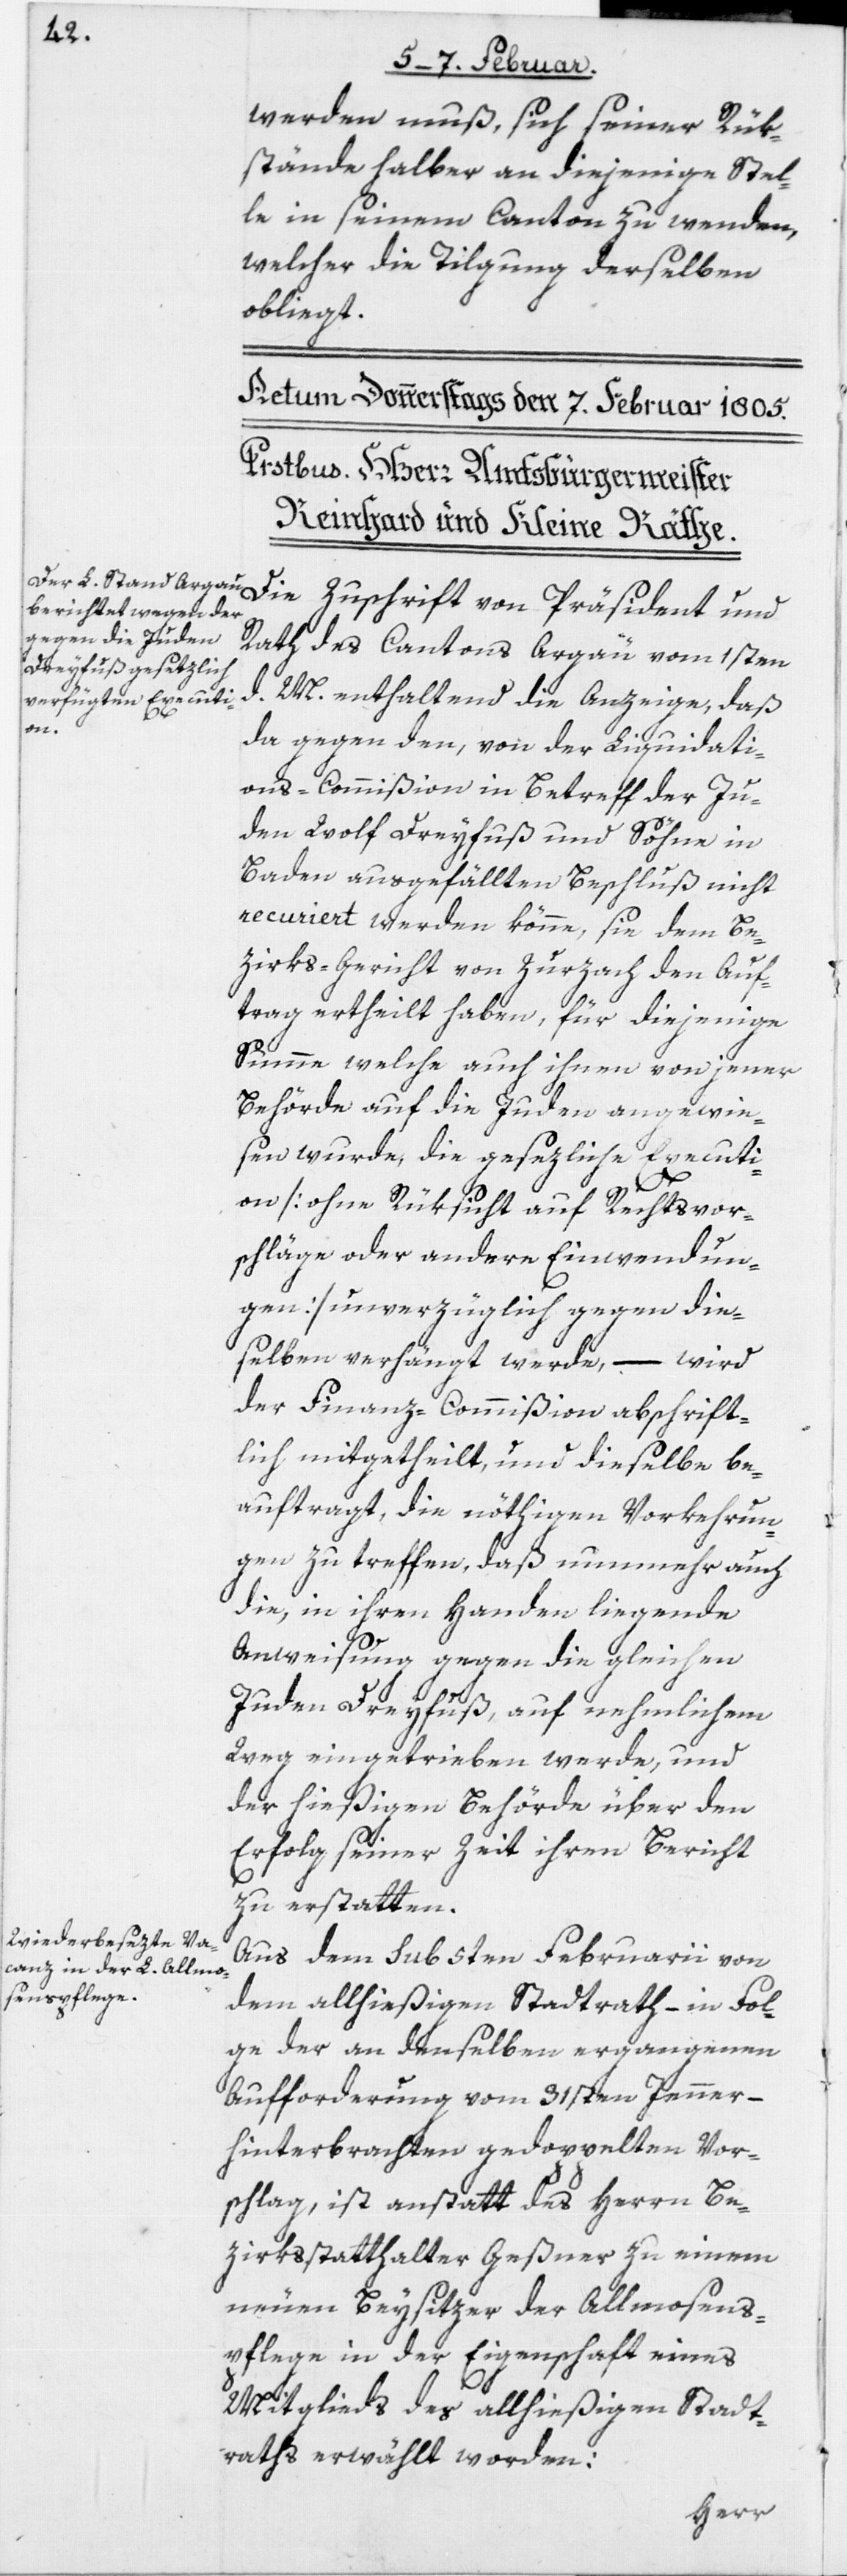
werden muß, sich seiner Rük¬
stände halber an diejenige Stel¬
le in seinem Canton zu wenden,
welcher die Tilgung derselben
obliegt.
Die Zuschrift von Präsident und
Rath des Cantons Argau vom 1sten
d. M. enthaltend die Anzeige, daß
da gegen den, von der Liquidati¬
ons-Commißion in Betreff der Ju¬
den Wolf Dreyfuß und Söhne in
Baden ausgefällten Beschluß nicht
recuriert werden könne, sie dem Be¬
zirks-Gericht von Zurzach den Auf¬
trag ertheilt haben, für diejenige
Summe welche auch ihnen von jener
Behörde auf die Juden angewie¬
sen wurde, die gesezliche Executi¬
on [ohne Rüksicht auf Rechtsvor¬
schläge oder andere Einwendun¬
gen] unverzüglich gegen die¬
selben verhängt werde, –
wird
der Finanz-Commißion abschrift¬
lich mitgetheilt, und dieselbe be¬
auftragt, die nöthigen Vorkehrun¬
gen zu treffen, daß nunmehr auch
die, in ihren Handen liegende
Anweisung gegen die gleichen
Juden Dreyfuss auf nämmlichem
Weg eingetrieben werde, und
der hießigen Behörde über den
Erfolg seiner Zeit ihren Bericht
zu erstatten.
Aus dem sub 5ten Februarii von
dem allhießigen Stadtrath – in Fol¬
ge der an denselben ergangenen
Aufforderung vom 31sten Jenner –
hinterbrachten gedoppelten Vor¬
schlag, ist anstatt des Herrn Be¬
zirksstatthalter Geßner zu einem
neuen Beysitzer der Allmosens¬
pflege in der Eigenschaft eines
Mitglieds des allhießigen Stadt¬
raths erwählt worden: